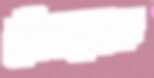
খেঁচানোক